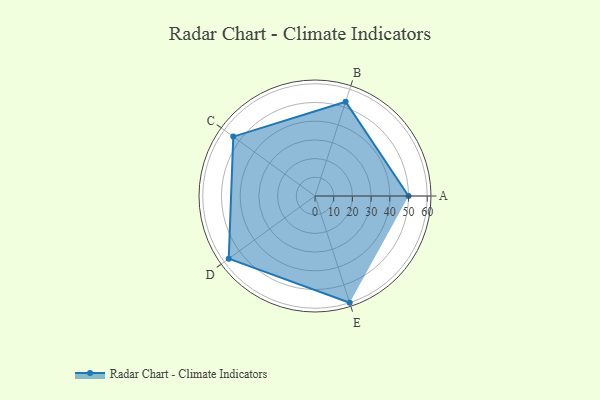
{"axis": {"x": "Skill", "y": "Score"}, "legend": ["Profile"], "data": [{"x": "A", "y": 50.0, "type": "Profile"}, {"x": "B", "y": 53.0, "type": "Profile"}, {"x": "C", "y": 54.0, "type": "Profile"}, {"x": "D", "y": 57.0, "type": "Profile"}, {"x": "E", "y": 60.0, "type": "Profile"}]}